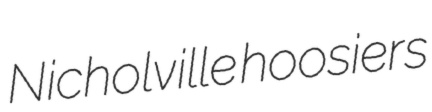
Nicholville hoosiers